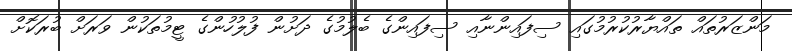
މަންޒަރުތައް ތައްޔާރުކުރުމުގައި ސިފައިންނާއި ސިފައިންގެ ބެލުމުގެ ދަށުން ފުލުހުންގެ ޓީމުތަކުން ވަރަށް ބުރަކޮށް